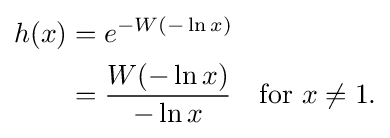
{\begin{aligned}h(x)&=e^{-W(-\ln x)}\\&={\frac {W(-\ln x)}{-\ln x}}\quad {\text{for }}x\neq 1.\end{aligned}}